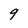
Character: 9